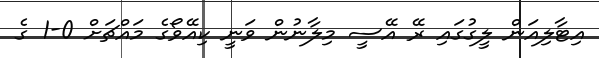
އިޓާލިއަން ލީގުގައި ރޭ އޭސީ މިލާނުން ވަނީ ކިއޭވޯގެ މައްޗަށް 0-1 ގެ